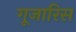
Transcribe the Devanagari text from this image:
गूजारिस